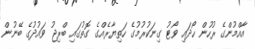
އާއްމުންގެ ރުހުން ހޯދައި ވޯޓު ގިނަކުރުމުގެ ހަތިޔާރެއްގެ ގޮތުގައި ބްރިޖު ވައުދުގެ ބޭނުން